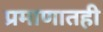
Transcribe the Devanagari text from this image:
प्रमाणातही